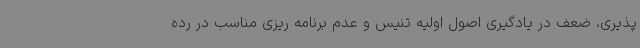
پذیری، ضعف در یادگیری اصول اولیه تنیس و عدم برنامه ریزی مناسب در رده